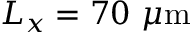
L _ { x } = 7 0 \ \mu \mathrm { m }